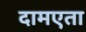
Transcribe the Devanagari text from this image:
दामएता